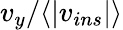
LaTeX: v_{y}/\langle|v_{ins}|\rangle